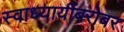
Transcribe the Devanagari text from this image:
स्वाध्यायींबरोबर